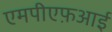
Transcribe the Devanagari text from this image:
एमपीएफ़आई